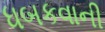
ધબકવાની